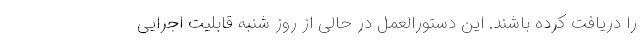
را دریافت کرده باشند. این دستورالعمل در حالی از روز شنبه قابلیت اجرایی